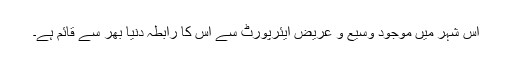
اس شہر میں موجود وسیع و عریض ایئرپورٹ سے اس کا رابطہ دنیا بھر سے قائم ہے۔